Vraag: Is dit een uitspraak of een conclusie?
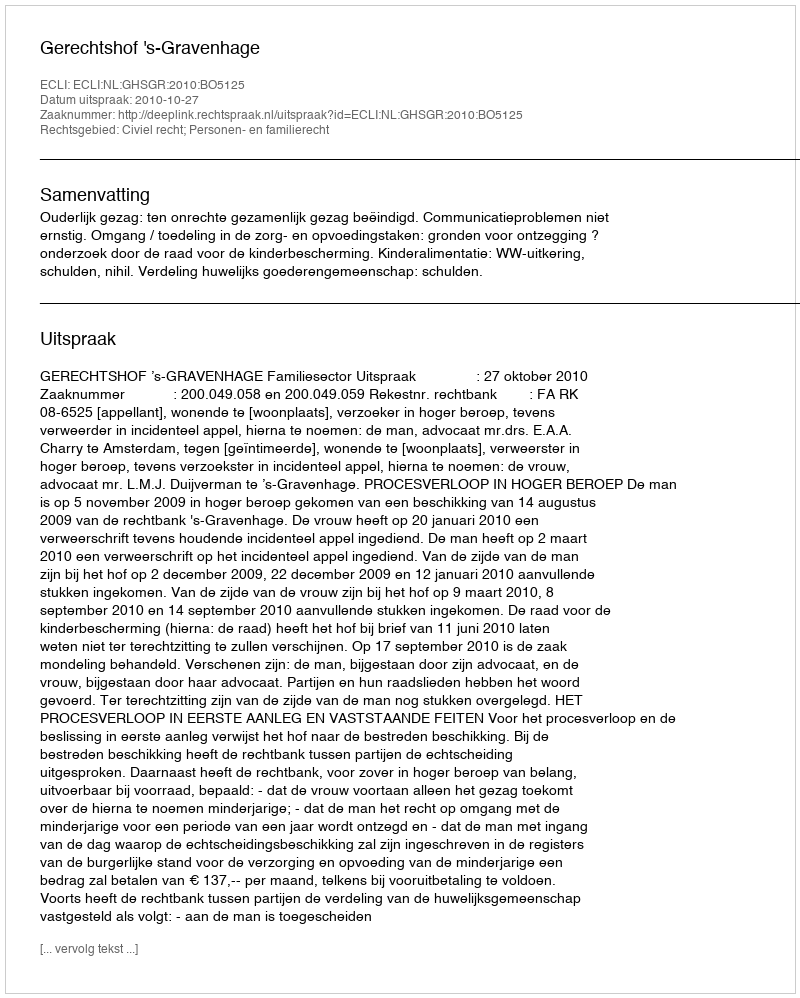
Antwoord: Uitspraak